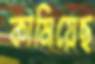
কামিয়েছ